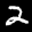
Label: 2